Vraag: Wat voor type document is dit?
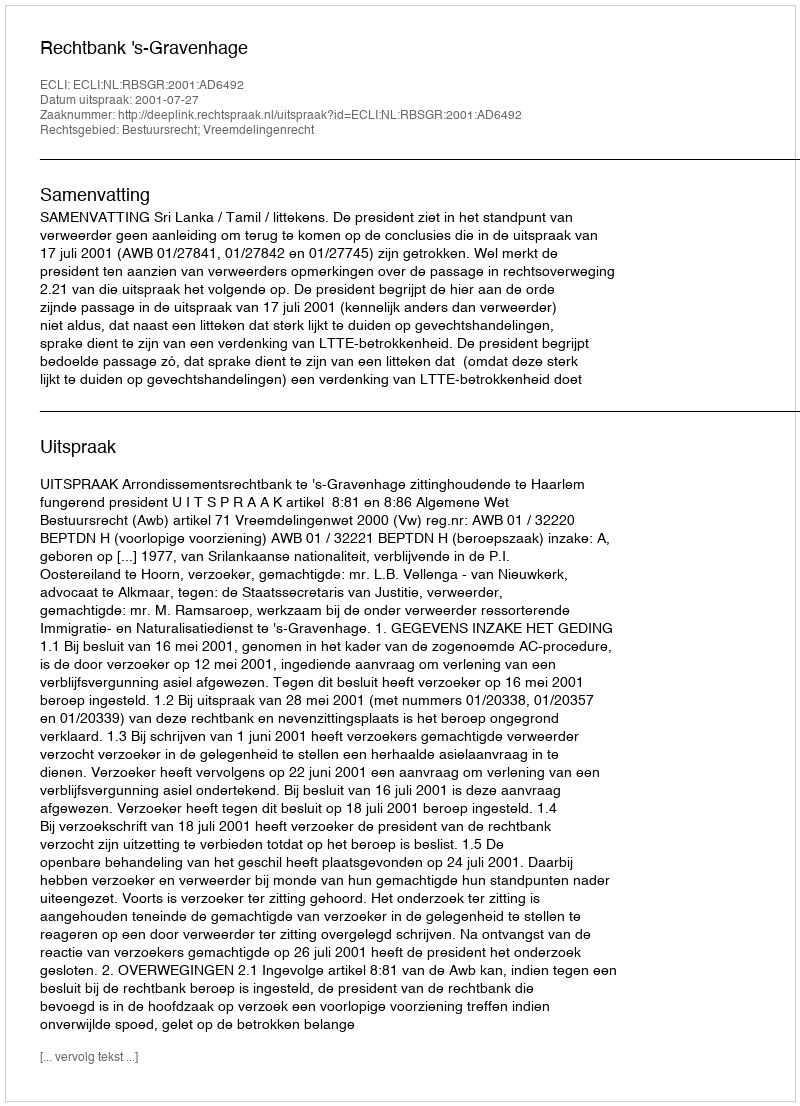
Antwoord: Uitspraak